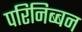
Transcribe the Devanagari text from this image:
परिनिब्बन